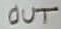
Text: OUT